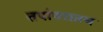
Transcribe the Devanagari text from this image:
तपांबरातच